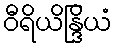
ဝီရိယိန္ဒြိယံ